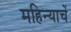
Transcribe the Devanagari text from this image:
महिन्याचें